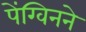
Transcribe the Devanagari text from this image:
पेंग्विनने